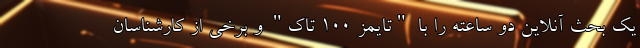
یک بحث آنلاین دو ساعته را با "تایمز 100 تاک" و برخی از کارشناسان